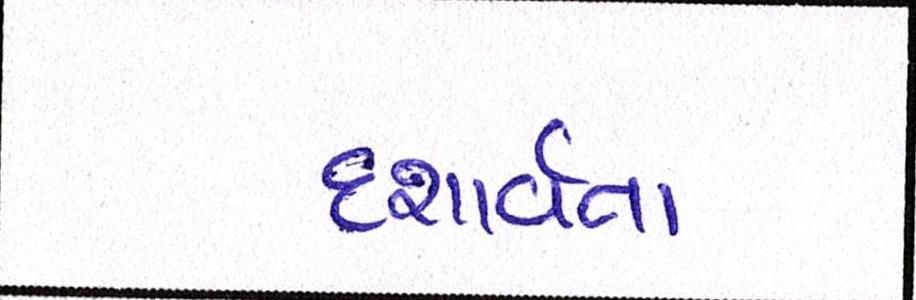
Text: દશાર્વતા